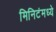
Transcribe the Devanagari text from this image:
मिनिटंमध्ये